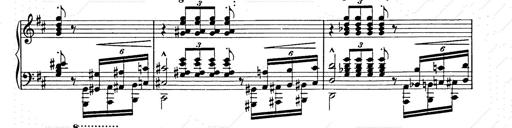
Title: Ballade No.2
Composer: Jan Skrzydlewski
Key: B minor